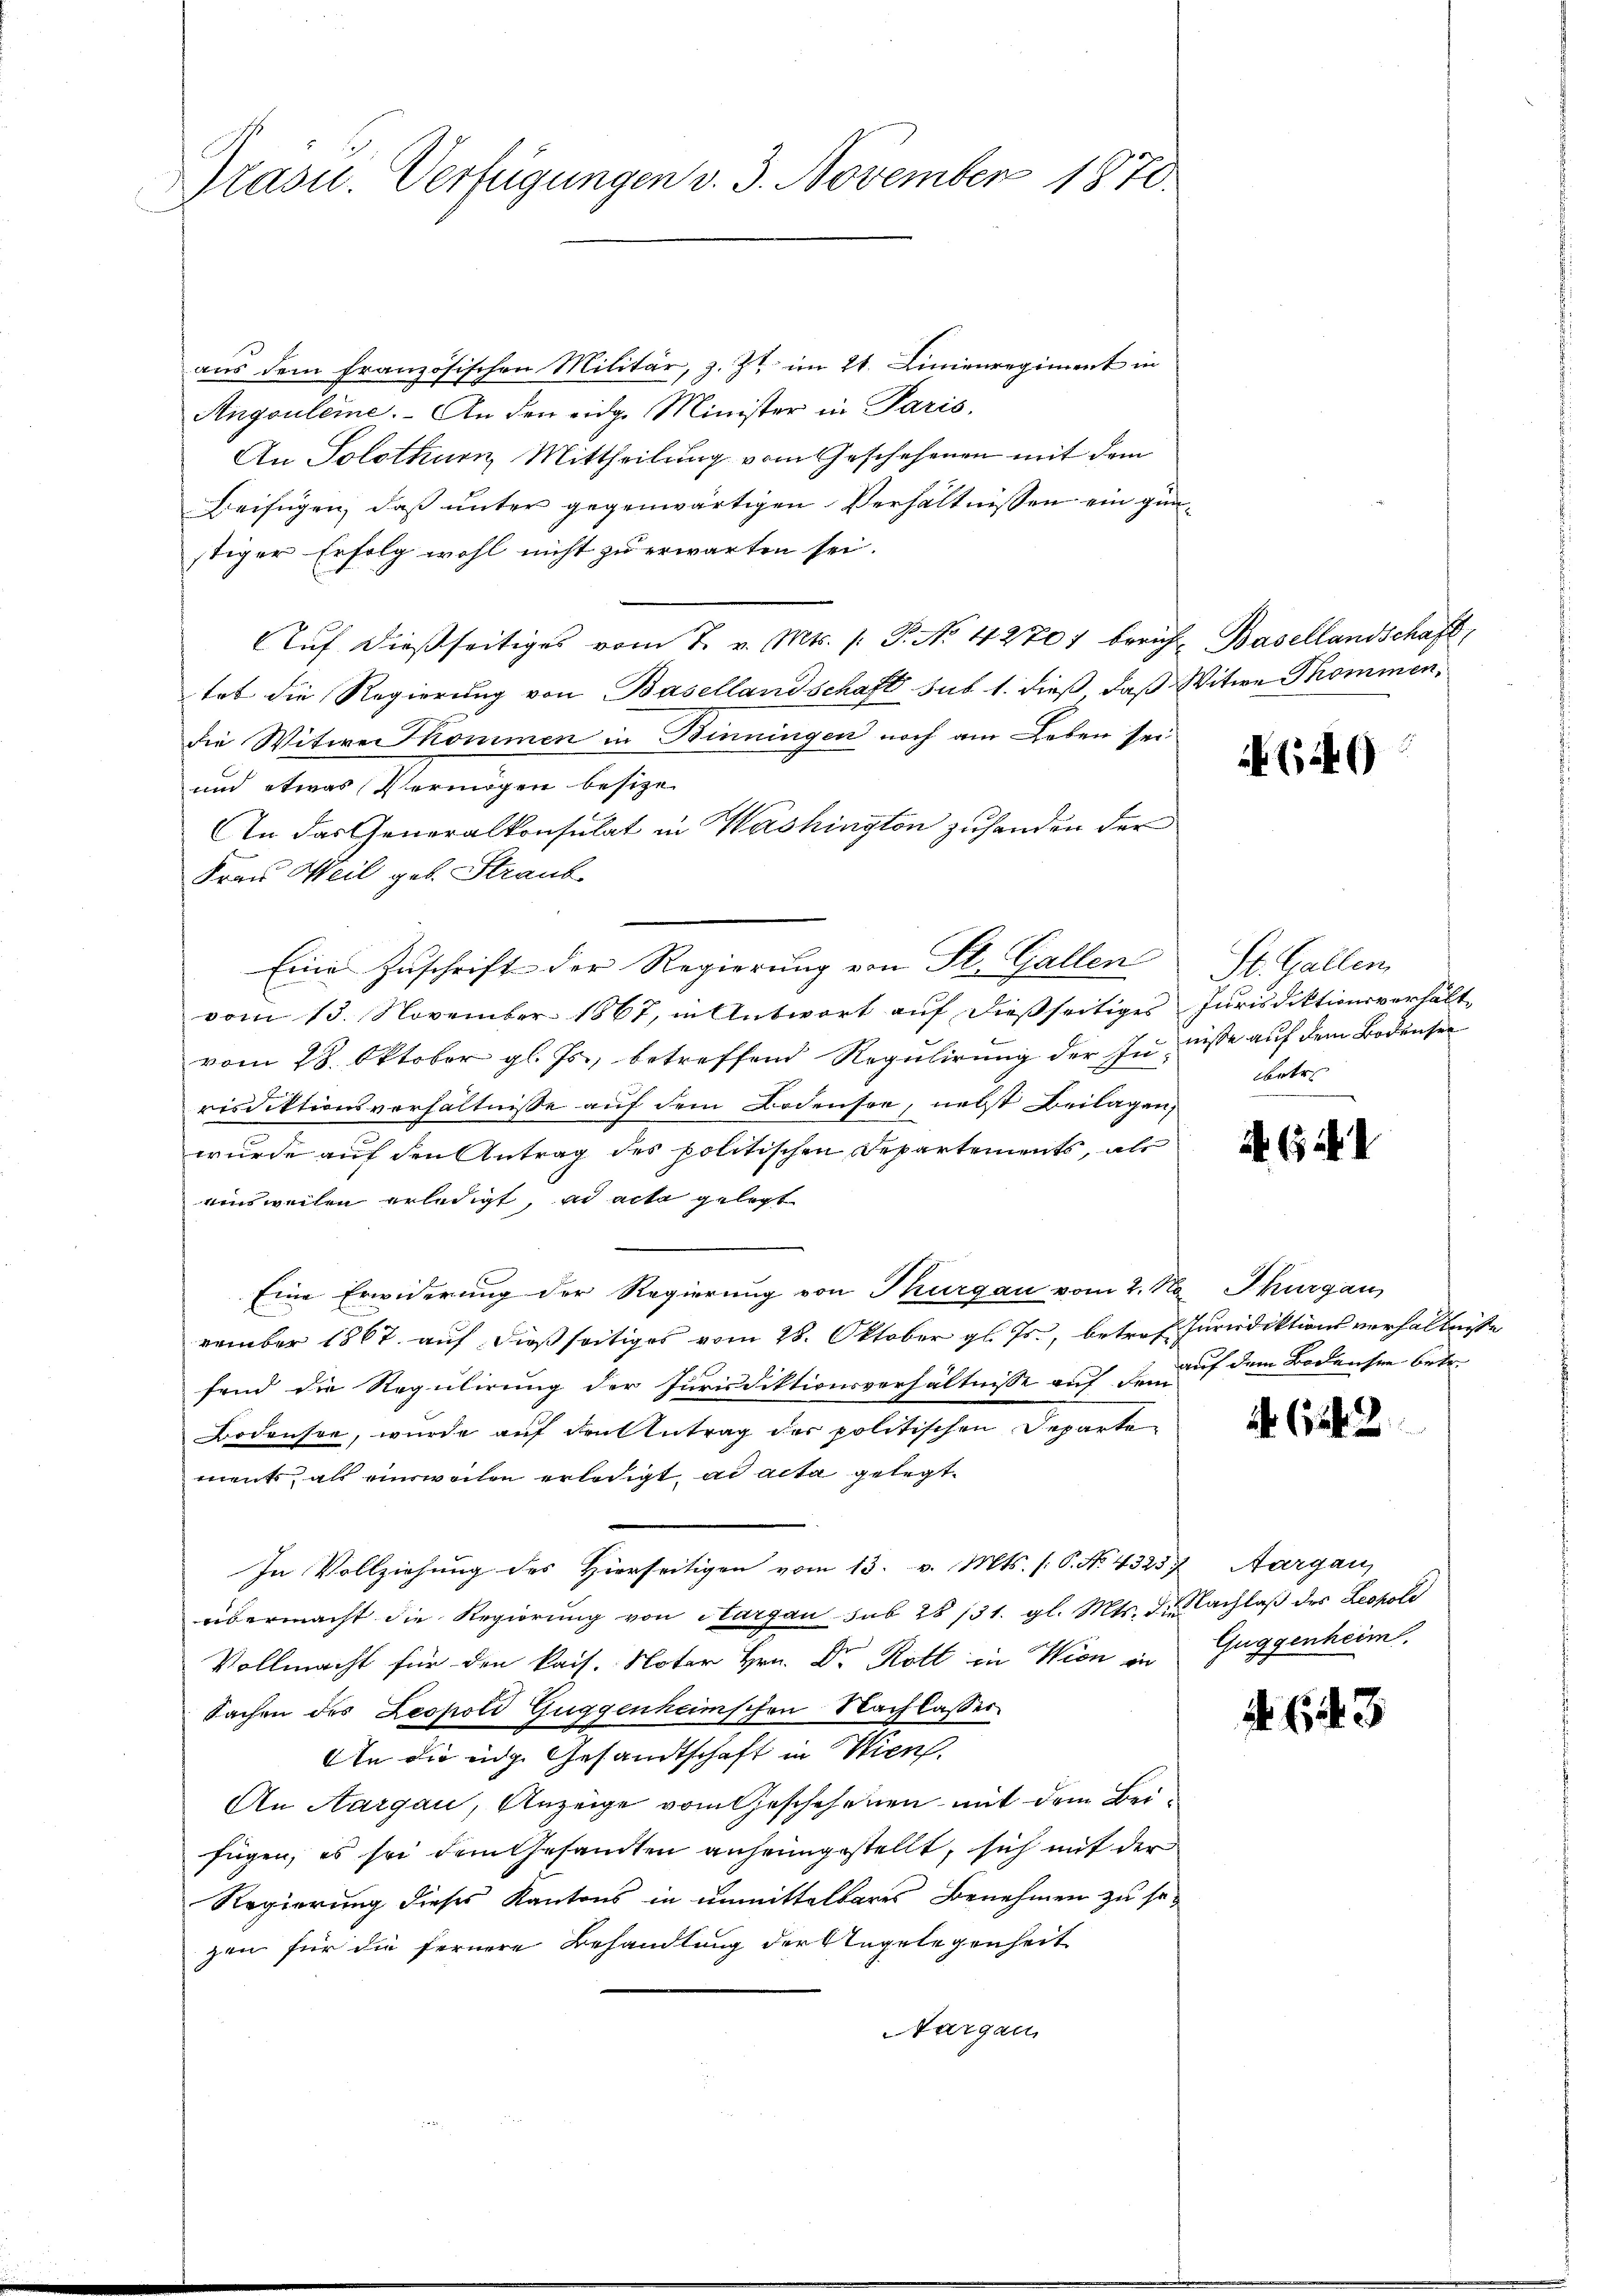
Präsid.. Verfügungen v. 3. November 1870.

aus dem französischen Militär, z. Zt. im 21. Linienregiment in
Angouleme. An den eidg. Minister in Paris,
An Solothum Mittheilung vom Geschehenen mit dem
Beifügen, daß unter gegenwärtigen Verhältnissen ein günstiger Erfolg wohl nicht zu erwarten sei.
Auf dießseitiges vom 7. v. Mts. /: P. No. 42701 berich Basellandschaft,
tet die Regierung von Basellandschaft sub 1. dieß, daß Witwe Thommen,
die Witwe kommen in Binningen noch am Leben sei
und etwas Vermögen besize
An das Generalkonsulat in Washington zuhanden der
Frau Weil geb. Straub
Eine Zuschrift der Regierung von St. Gallen
vom 13. November 1867, in Antwort auf dießseitiges Jurisdiktionsverhält,
vom 28. Oktober gl. Js., betreffend Regulirung der Junisse auf dem Bodensee
resdektionsverhältnisse auf dem Bodensee, nebst Beilagen,
wurde auf den Antrag des politischen Departements, als
einsweilen erledigt, ad acta gelegt
Eine Erwiderung der Regierung von Thurgau vom 2. No. Thurgau
vember 1867 auf dießseitiges vom 28. Oktober gl. Js., betref Iurisdiktionsverhältnisse
fend die Regulirung der Jurisdiktionsverhältnisse auf den auf dem Bodensee betr.
Bodrühre, wurde auf den Antrag der politischen Departe
ments, als einswochen erledigt, ad acta gelegt.
In Vollziehung des Hierseitigen vom 13. v. Mts. f. P. No. 43237 Aargau
übermacht die Regierung von Aargau sub 28/31. gl. Mts. d. Nachlaß des Leopoli
Vollmacht für den kais. Noter Hrn. Dr Rott in Wien in
Sachen des Leopold Guggenheimschen Nachlasser
An die eige Gesandtschaft in Wien,
An Aargau, Anzeige vom Geschehenen mit dem Beifügen, es sei dem Gesandten anheimgestellt, sich mit der
Regierung dieses Kantons in unmittelbares Benehmen zu sezen für die fernere Behandlung der Angelegenheit
Thurgau

(49

St. Gallen.
betr

A. (142

654. 2

Guggenheim.

623